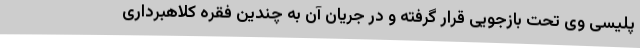
پلیسی وی تحت بازجویی قرار گرفته و در جریان آن به چندین فقره کلاهبرداری